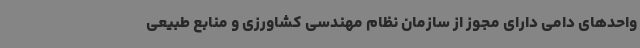
واحدهای دامی دارای مجوز از سازمان نظام مهندسی کشاورزی و منابع طبیعی